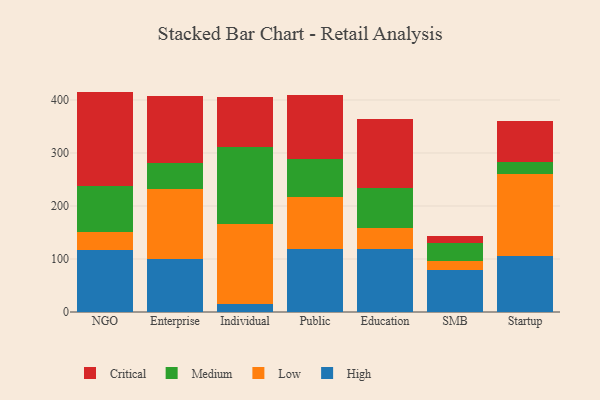
{"axis": {"x": "Segment", "y": "Revenue (USD Million)"}, "legend": ["Critical", "High", "Low", "Medium"], "data": [{"x": "NGO", "y": 117.7, "type": "High"}, {"x": "NGO", "y": 32.5, "type": "Low"}, {"x": "NGO", "y": 87.4, "type": "Medium"}, {"x": "NGO", "y": 178.2, "type": "Critical"}, {"x": "Enterprise", "y": 99.1, "type": "High"}, {"x": "Enterprise", "y": 132.2, "type": "Low"}, {"x": "Enterprise", "y": 48.9, "type": "Medium"}, {"x": "Enterprise", "y": 127.3, "type": "Critical"}, {"x": "Individual", "y": 14.6, "type": "High"}, {"x": "Individual", "y": 151.1, "type": "Low"}, {"x": "Individual", "y": 145.9, "type": "Medium"}, {"x": "Individual", "y": 93.6, "type": "Critical"}, {"x": "Public", "y": 119.4, "type": "High"}, {"x": "Public", "y": 98.5, "type": "Low"}, {"x": "Public", "y": 70.6, "type": "Medium"}, {"x": "Public", "y": 121.4, "type": "Critical"}, {"x": "Education", "y": 119.2, "type": "High"}, {"x": "Education", "y": 39.2, "type": "Low"}, {"x": "Education", "y": 76.2, "type": "Medium"}, {"x": "Education", "y": 129.1, "type": "Critical"}, {"x": "SMB", "y": 79.1, "type": "High"}, {"x": "SMB", "y": 18.0, "type": "Low"}, {"x": "SMB", "y": 32.4, "type": "Medium"}, {"x": "SMB", "y": 13.3, "type": "Critical"}, {"x": "Startup", "y": 106.5, "type": "High"}, {"x": "Startup", "y": 153.0, "type": "Low"}, {"x": "Startup", "y": 23.2, "type": "Medium"}, {"x": "Startup", "y": 78.2, "type": "Critical"}]}